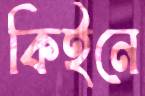
কিইনে